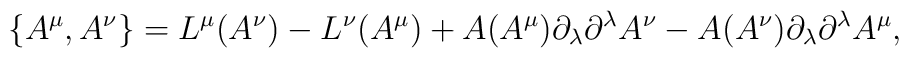
\{A^{\mu},A^{\nu}\} =L^{\mu}(A^{\nu}) - L^{\nu}(A^{\mu}) + A(A^{\mu})\partial_{\lambda}\partial^\lambda A^{\nu} - A(A^{\nu})\partial_{\lambda}\partial^{\lambda} A^{\mu},